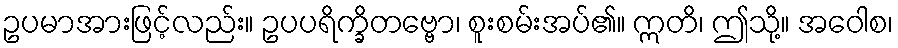
ဥပမာအားဖြင့်လည်း။ ဥပပရိက္ခိတဗ္ဗော၊ စူးစမ်းအပ်၏။ ဣတိ၊ ဤသို့။ အဝေါစ၊